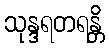
သုန္ဒရတရန္တိ